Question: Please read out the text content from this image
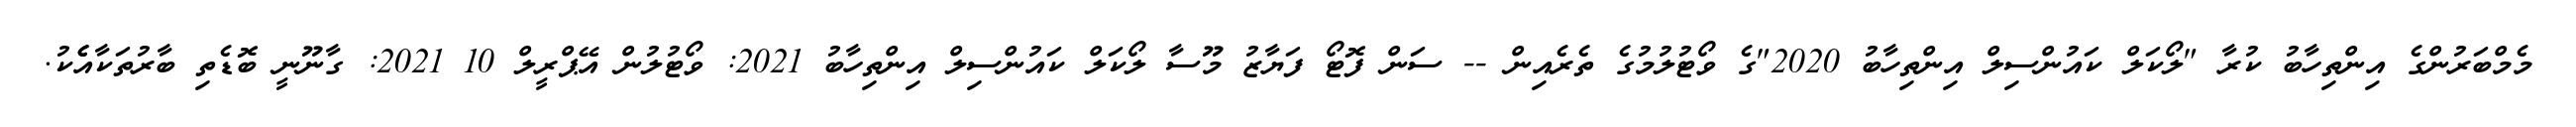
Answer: މެމްބަރުންގެ އިންތިހާބު ކުރާ "ލޯކަލް ކައުންސިލް އިންތިހާބު 2020"ގެ ވޯޓުލުމުގެ ތެރެއިން -- ސަން ފޮޓޯ ފަޔާޒު މޫސާ ލޯކަލް ކައުންސިލް އިންތިހާބު 2021: ވޯޓުލުން އޭޕްރީލް 10 2021: ގާނޫނީ ބޮޑެތި ބާރުތަކާއެެކު.